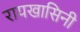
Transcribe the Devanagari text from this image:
रायखासिनी